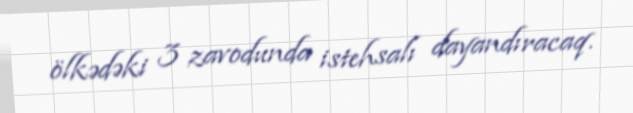
ölkədəki 3 zavodunda istehsalı dayandıracaq.